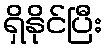
ရှိနိုင်ပြီး